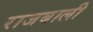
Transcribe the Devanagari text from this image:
राजबाली